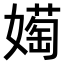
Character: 𫱰